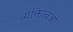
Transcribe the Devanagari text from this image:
व्यक्तित्वओं